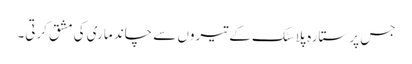
جس پر ستارہ پلاسٹک کے تیروں سے چاند ماری کی مشق کرتی۔